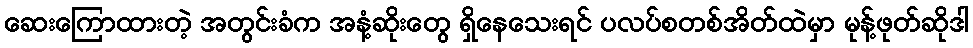
ဆေးကြောထားတဲ့ အတွင်းခံက အနံ့ဆိုးတွေ ရှိနေသေးရင် ပလပ်စတစ်အိတ်ထဲမှာ မုန့်ဖုတ်ဆိုဒါ